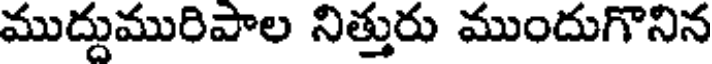
ముద్దుమురిపాల నిత్తురు ముందుగొనిన